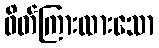
ဖိတ်ကြားထားသော